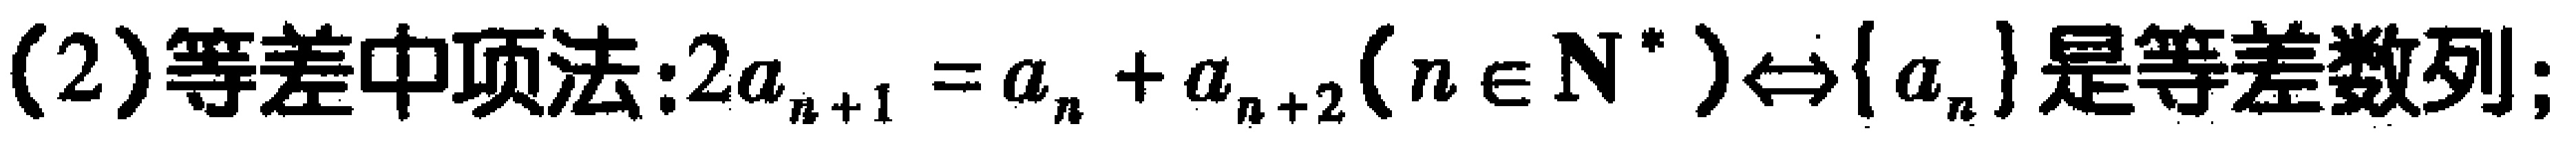
(2)等差中项法:$2a_{n + 1} = a_{n} + a_{n + 2}(n \in \mathbf{N}^{*})\Leftrightarrow\{a_{n}\}是等差数列;$